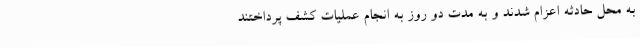
به محل حادثه اعزام شدند و به مدت دو روز به انجام عملیات کشف پرداختند